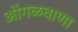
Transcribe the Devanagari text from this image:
ओंगळवाणा